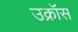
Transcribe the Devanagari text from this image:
उक्रॉस